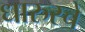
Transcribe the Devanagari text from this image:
धारुरचे